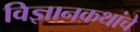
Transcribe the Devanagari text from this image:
विज्ञानकथांचे